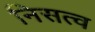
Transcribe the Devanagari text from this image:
निसत्व